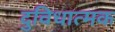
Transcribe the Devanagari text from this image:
दुविधात्मक